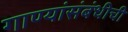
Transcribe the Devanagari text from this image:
गाण्यांसंबंधीची